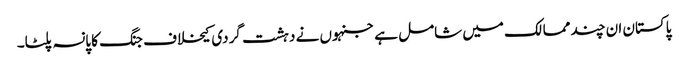
پاکستان ان چند ممالک میں شامل ہے جنہوں نے دہشت گردی کیخلاف جنگ کا پانسہ پلٹا۔